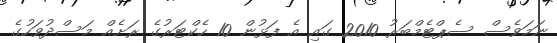
ނަމަވެސް ސެޕްޓެމްބަރު 2010 ގައި އެ ފަޅުން 10 ހެކްޓަރުގެ ރަށެއް މަސްދުވަހުގެ